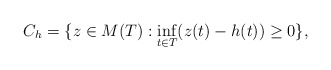
\begin{align*}C_h=\{ z \in M(T): \inf_{t \in T}(z(t) -h(t)) \ge 0\}, \end{align*}